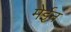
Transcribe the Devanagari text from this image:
मेईन